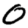
Digit: 0